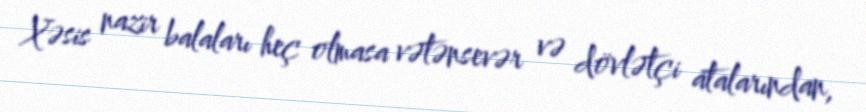
Xəsis nazir balaları heç olmasa vətənsevər və dövlətçi atalarından,